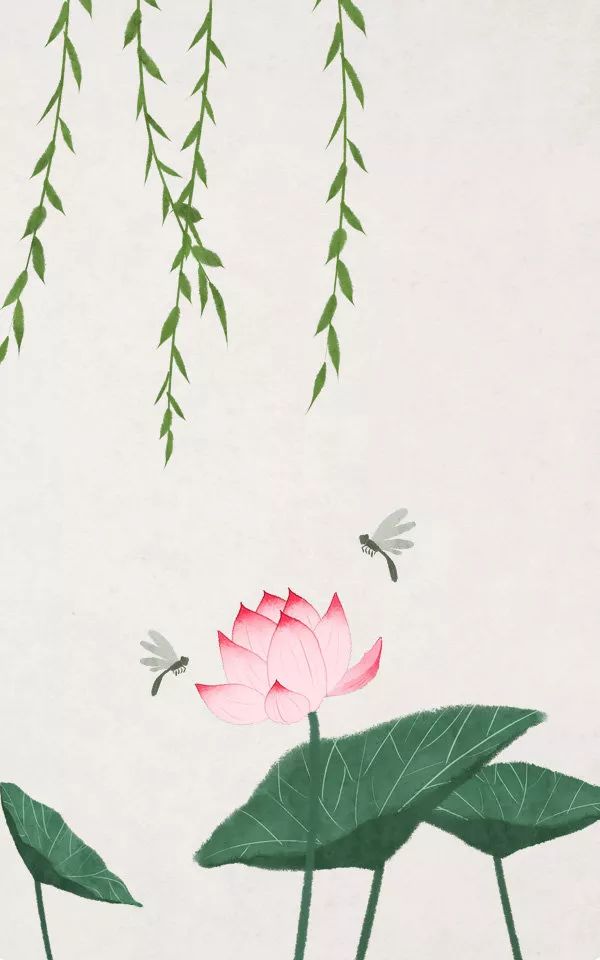
故人不可见，新知万里外。